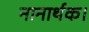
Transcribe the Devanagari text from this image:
नानार्थक।